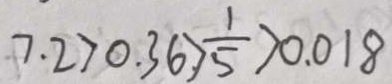
7 . 2 > 0 . 3 6 > \frac { 1 } { 5 } > 0 . 0 1 8